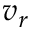
v _ { r }